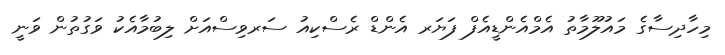
މިހާދިސާގެ މައުލޫމާތު އެމްއެންޑީއެފް ފަޔަރ އެންޑް ރެސްކިއު ސަރވިސްއަށް ލިބުމާއެކު ވަގުތުން ވަނީ